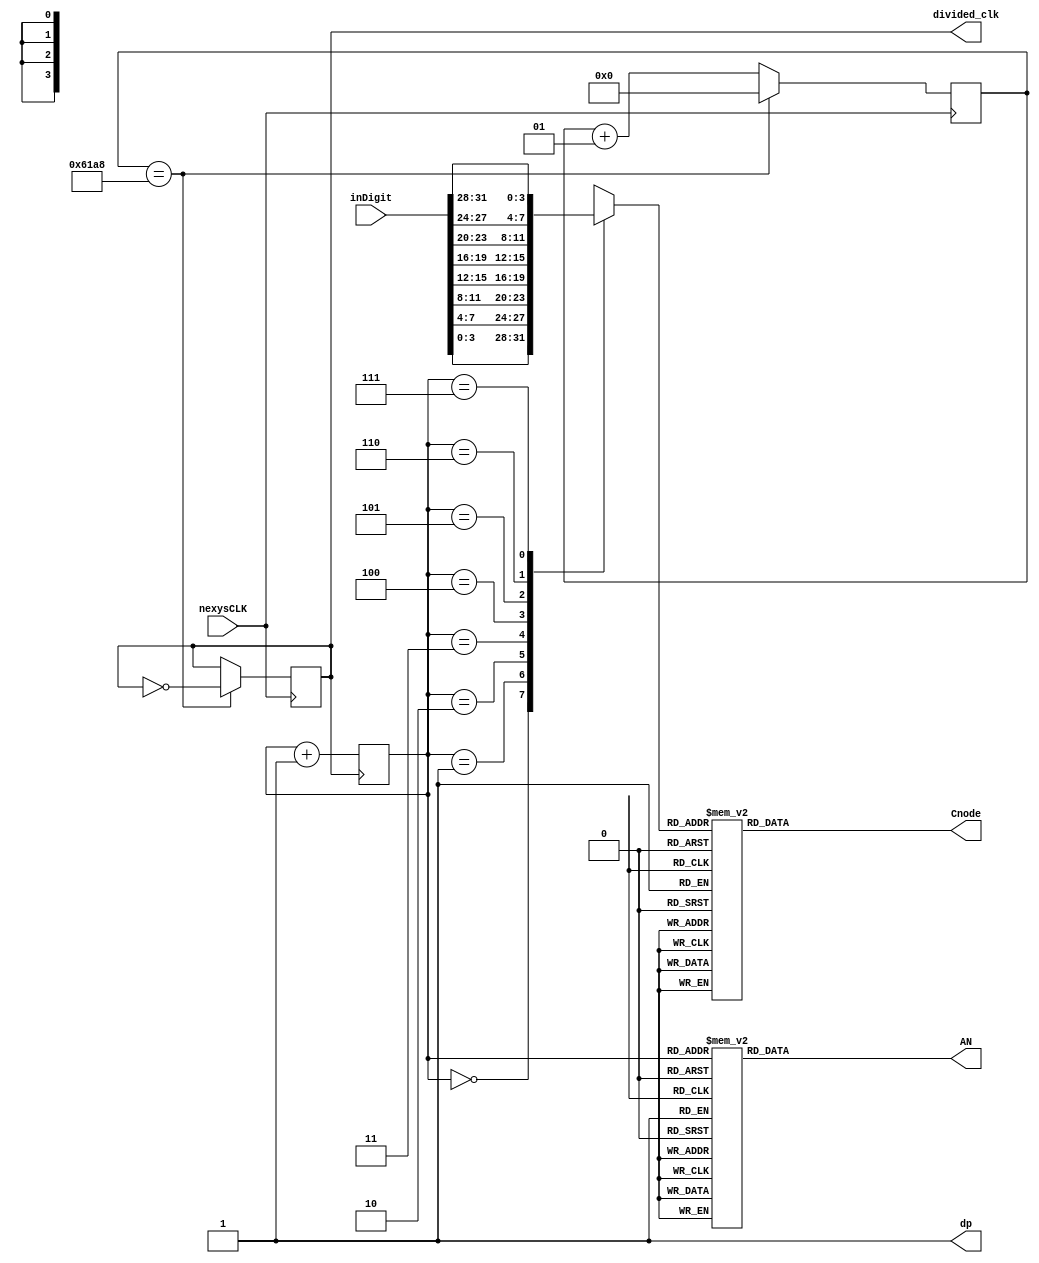
`timescale 1ns / 1ps

module SEGDRIVE( 
    input [31:0] inDigit, 
    output reg [6:0] Cnode,
    output dp,
    output reg [7:0] AN,
    //input load,
   // input [3:0] udsw,
   //input [2:0] numsel,
    input nexysCLK, // 100MHz
    output reg divided_clk = 0 // 10kHz => 10ms period, 0.5ms ON, 0.5ms OFF
    );
    reg [3:0] singledigit = 0; 
    reg [2:0] refreshcounter = 0;
    // Calculate division value = 100MHz / (2 * desired frequency) - 1 => 10kHz => 4999
    
    localparam div_value = 25000;
    
    integer counter_value = 0;
    
    always @(posedge nexysCLK) 
    begin
        if (counter_value == div_value)  // For every (div_value) clock cycles, reset counter back to 0
            counter_value <= 0; // Use <= for parallel & same time, = for sequential - one after the other
        else
            counter_value <= counter_value + 1;
    end
    
    // divide clock
    always @(posedge nexysCLK)
    begin
        if (counter_value == div_value)
            divided_clk <= ~divided_clk; // Flip signal
        else
            divided_clk <= divided_clk; // Keep signal the same
    end
    /*CLOCK DIVIDER CODE*/
     
    always @(posedge divided_clk)
    begin
        refreshcounter <= refreshcounter + 1;
    end
    
            
            always @(refreshcounter)
                begin              
               /* if(load)
                    begin                           //begin 
                    case(numsel)
                        4'b0000: singledigit = udsw;  // digit 1 value (right digit)
                        4'b0001: singledigit = udsw;  // digit 2 value
                        4'b0010: singledigit = udsw;   // digit 3 value
                        4'b0011: singledigit = udsw;    // digit 4 value 
                        4'b0100: singledigit = udsw;    // digit 5 value 
                        4'b0101: singledigit = udsw;    // digit 6 value
                        4'b0110: singledigit = udsw;    // digit 7 value
                        4'b0111: singledigit = udsw;    // digit 8 value (left digit)
                    endcase                   
                    end        // end
                    // else 
                    // begin */
                    case(refreshcounter)
                        4'b0000: singledigit = inDigit[3:0];    // digit 1 value (right digit)
                        4'b0001: singledigit = inDigit[7:4];    // digit 2 value
                        4'b0010: singledigit = inDigit[11:8];    // digit 3 value
                        4'b0011: singledigit = inDigit[15:12];    // digit 4 value 
                        4'b0100: singledigit = inDigit[19:16];    // digit 5 value 
                        4'b0101: singledigit = inDigit[23:20];    // digit 6 value
                        4'b0110: singledigit = inDigit[27:24];    // digit 7 value
                        4'b0111: singledigit = inDigit[31:28];    // digit 8 value (left digit)
                    endcase
                //end
           end    
    
    always @(refreshcounter )
    begin
   /* if(load)
    begin
        case(numsel)
            4'b0000: AN = 8'b11111110;     // digit 1 ON (right digit)
            4'b0001: AN = 8'b11111101;     // digit 2 ON
            4'b0010: AN = 8'b11111011;     // digit 3 ON
            4'b0011: AN = 8'b11110111;     // digit 4 ON 
            4'b0100: AN = 8'b11101111;     // digit 5 ON 
            4'b0101: AN = 8'b11011111;     // digit 6 ON 
            4'b0110: AN = 8'b10111111;     // digit 7 ON 
            4'b0111: AN = 8'b01111111;     // digit 8 ON (left digit)
            default: AN = 8'bZZZZZZZZ; 
        endcase
    end
    //else*/
    //begin
        case(refreshcounter)
            4'b0000: AN = 8'b11111110;     // digit 1 ON (right digit)
            4'b0001: AN = 8'b11111101;     // digit 2 ON
            4'b0010: AN = 8'b11111011;     // digit 3 ON
            4'b0011: AN = 8'b11110111;     // digit 4 ON 
            4'b0100: AN = 8'b11101111;     // digit 5 ON 
            4'b0101: AN = 8'b11011111;     // digit 6 ON 
            4'b0110: AN = 8'b10111111;     // digit 7 ON 
            4'b0111: AN = 8'b01111111;     // digit 8 ON (left digit)
            default: AN = 8'bZZZZZZZZ; 
        endcase 
        end
    //end
    
    
    assign dp = 1'b1;
    always@(singledigit)
        begin
            case (singledigit)
                4'd0: Cnode<= 7'b0000001; //0
                4'd1: Cnode<= 7'b1001111; //1
                4'd2: Cnode<= 7'b0010010; //2
                4'd3: Cnode<= 7'b0000110; //3
                4'd4: Cnode<= 7'b1001100; //4
                4'd5: Cnode<= 7'b0100100; //5
                4'd6: Cnode<= 7'b0100000; //6
                4'd7: Cnode<= 7'b0001111; //7
                4'd8: Cnode<= 7'b0000000; //8
                4'd9: Cnode<= 7'b0000100; //9
                4'd10:Cnode<= 7'b0001000; //A
                4'd11:Cnode<= 7'b1100000; //B
                4'd12:Cnode<= 7'b0110001; //C
                4'd13:Cnode<= 7'b1000010; //D
                4'd14:Cnode<= 7'b0110000; //E
                4'd15:Cnode<= 7'b0111000; //F
                default: Cnode = 7'b0000000; //DEFAULT CASE EVERYTHING ON
            endcase
        end
endmodule